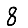
Digit: 8